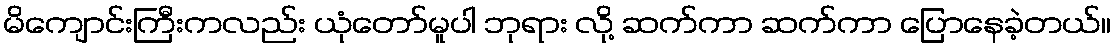
မိကျောင်းကြီးကလည်း ယုံတော်မူပါ ဘုရား လို့ ဆက်ကာ ဆက်ကာ ပြောနေခဲ့တယ်။